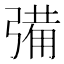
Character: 㣁